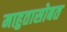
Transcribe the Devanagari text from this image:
माहुतासोबत